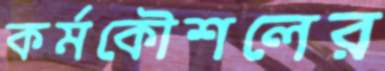
কর্মকৌশলের